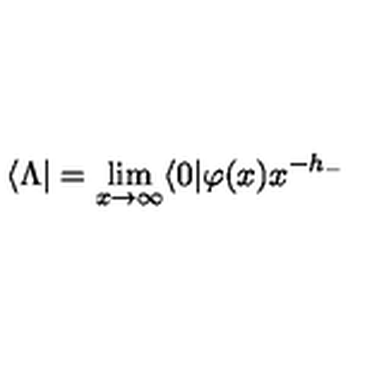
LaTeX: \langle \Lambda | = \lim _ { x \rightarrow \infty } \langle 0 | \varphi ( x ) x ^ { - h _ { - } }